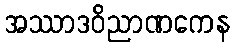
အဿာဒဝိညာဏကေန